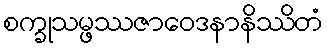
စက္ခုသမ္ဖဿဇာဝေဒနာနိဿိတံ